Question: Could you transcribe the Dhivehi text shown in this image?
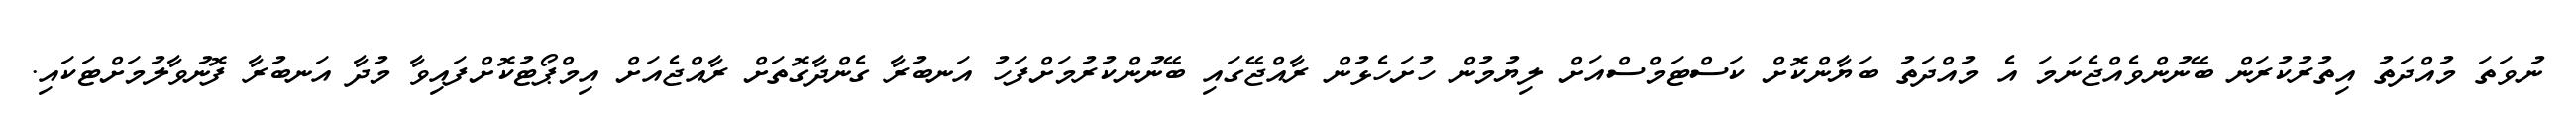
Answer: ނުވަތަ މުއްދަތު އިތުރުކުރަން ބޭނުންވެއްޖެނަމަ އެ މުއްދަތު ބަޔާންކޮށް ކަސްޓަމްސްއަށް ލިޔުމުން ހުށަހެޅުން ރާއްޖޭގައި ބޭނުންކުރުމަށްފަހު އަނބުރާ ގެންދާގޮތަށް ރާއްޖެއަށް އިމްޕޯޓުކޮށްފައިވާ މުދާ އަނބުރާ ފޮނުވާލުމަށްޓަކައި.